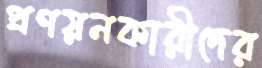
প্রণয়নকারীদের